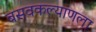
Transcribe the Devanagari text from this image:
बसवकल्याणला